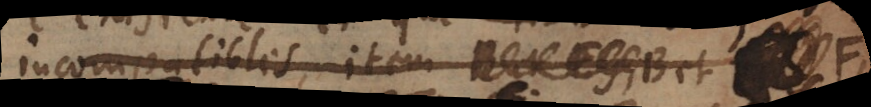
incompatibles, _ F,